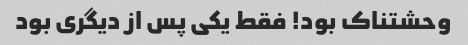
وحشتناک بود! فقط یکی پس از دیگری بود